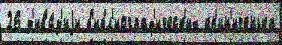
26 д'ив'и́з'иjи б'ибл'иограф'ическ'их кр'ин'иченька